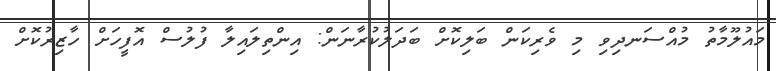
މައުލޫމާތު މުއްސަނދިވި މި ވެރިކަން ބަލިކޮށް ބަދަލުކުރާނަން: އިންތިލައިލާ ފުލުސް އޮފީހަށް ހާޒިރުކޮށް